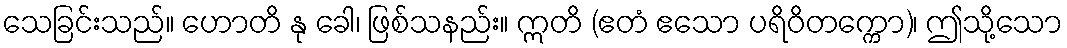
သေခြင်းသည်။ ဟောတိ နု ခေါ၊ ဖြစ်သနည်း။ ဣတိ (ဧတံ ဧသော ပရိဝိတက္ကော)၊ ဤသို့သော